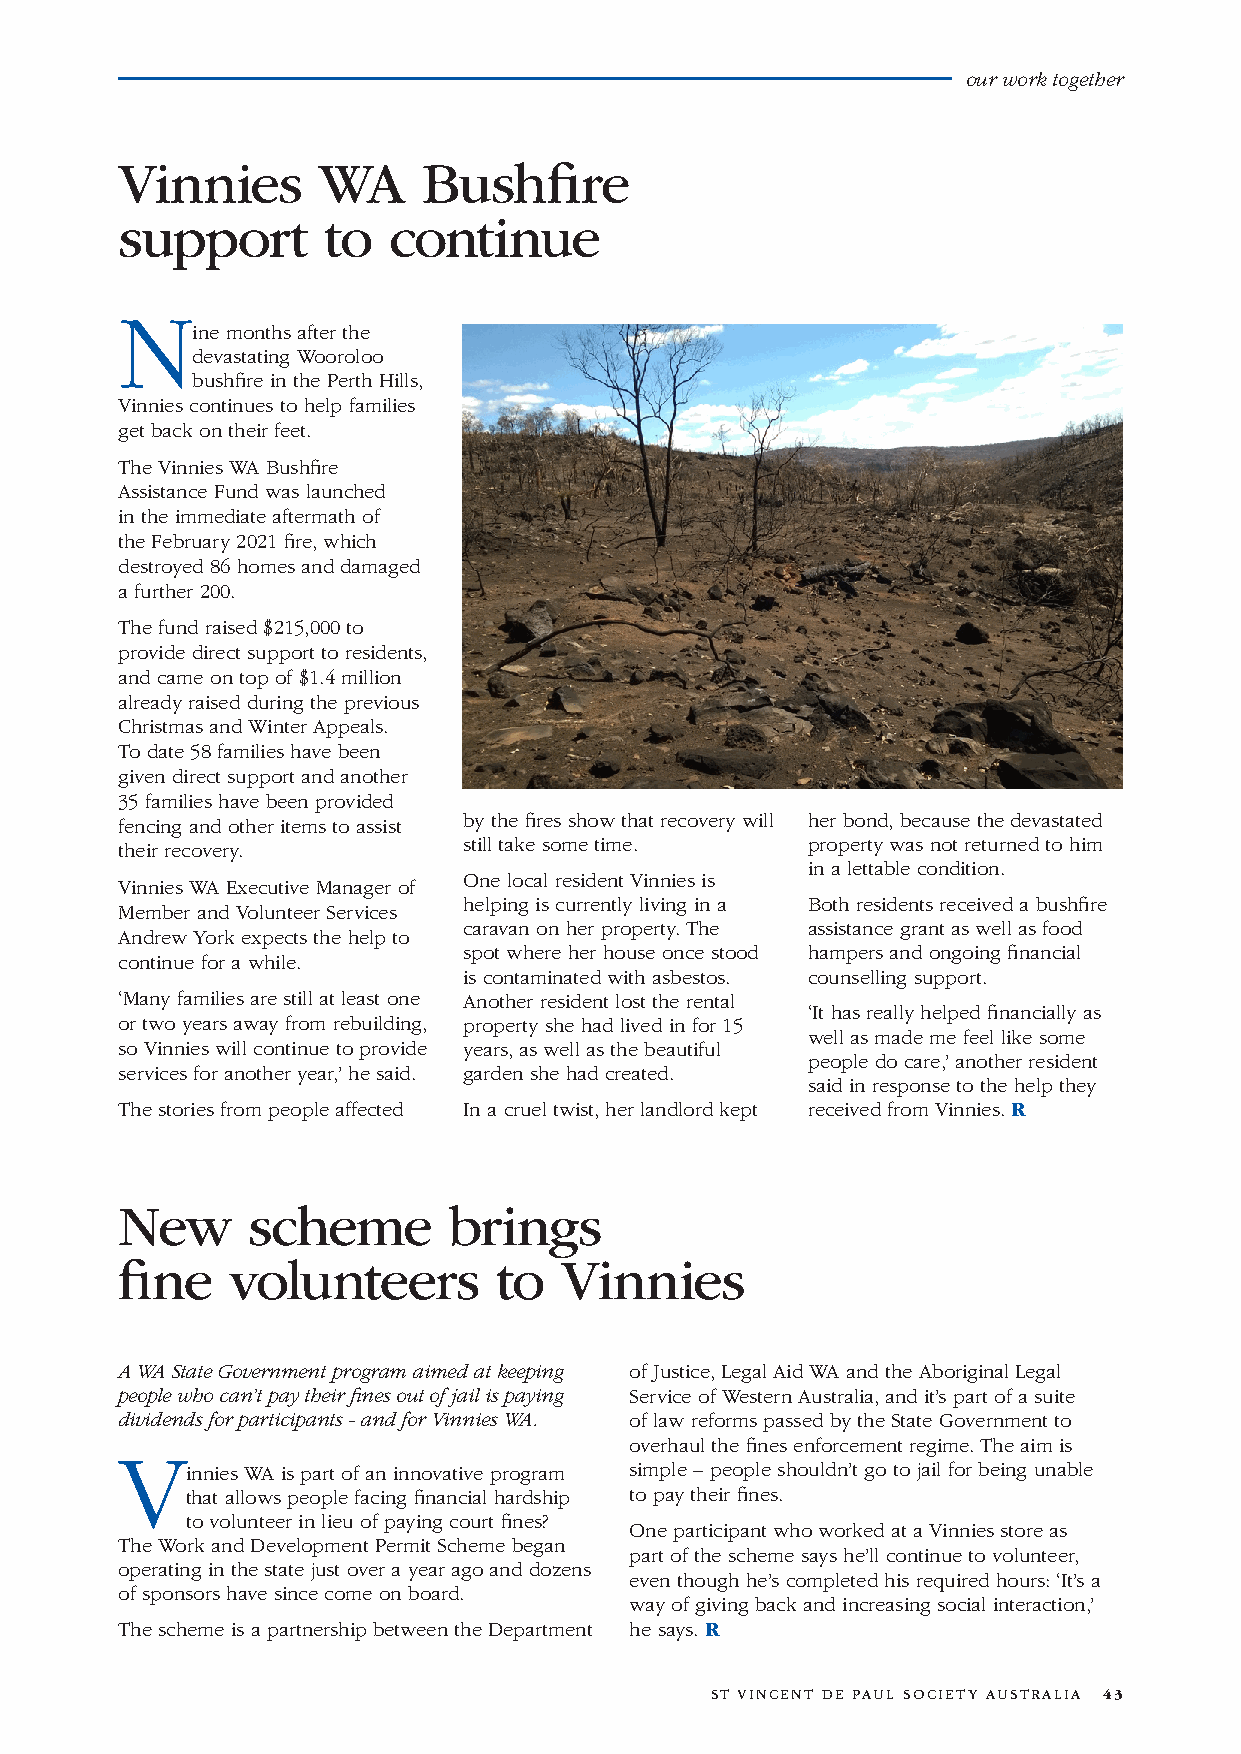
our work together
 Vinnies      WA     Bushfire
 support      to   continue
 N
 ine months after the
 devastating Wooroloo
 bushfire in the Perth Hills,
 Vinnies continues to help families
 get back on their feet.
 The Vinnies WA Bushfire
 Assistance Fund was launched
 in the immediate aftermath of
 the February 2021 fire, which
 destroyed 86 homes and damaged
 a further 200.
 The fund raised $215,000 to
 provide direct support to residents,
 and came on top of $1.4 million
 already raised during the previous
 Christmas and Winter Appeals.
 To date 58 families have been
 given direct support and another
 35 families have been provided
 fencing and other items to assist by the fires show that recovery will her bond, because the devastated
 still take some time. property was not returned to him
 their recovery.
 in a lettable condition.
 One local resident Vinnies is
 Vinnies WA Executive Manager of
 helping is currently living in a Both residents received a bushfire
 Member and Volunteer Services
 caravan on her property. The assistance grant as well as food
 Andrew York expects the help to
 spot where her house once stood hampers and ongoing financial
 continue for a while.
 is contaminated with asbestos. counselling support.
 ‘Many families are still at least one Another resident lost the rental
 ‘It has really helped financially as
 or two years away from rebuilding, property she had lived in for 15
 well as made me feel like some
 so Vinnies will continue to provide years, as well as the beautiful
 people do care,’ another resident
 services for another year,’ he said. garden she had created.
 said in response to the help they
 The stories from people affected In a cruel twist, her landlord kept received from Vinnies. R
 New     scheme        brings
 fine   volunteers        to  Vinnies
 A WA State Government program aimed at keeping of Justice, Legal Aid WA and the Aboriginal Legal
 people who can’t pay their fines out of jail is paying Service of Western Australia, and it’s part of a suite
 dividends for participants - and for Vinnies WA. of law reforms passed by the State Government to
 overhaul the fines enforcement regime. The aim is
 V
 innies WA is part of an innovative program simple – people shouldn’t go to jail for being unable
 that allows people facing financial hardship to pay their fines.
 to volunteer in lieu of paying court fines?
 One participant who worked at a Vinnies store as
 The Work and Development Permit Scheme began
 part of the scheme says he’ll continue to volunteer,
 operating in the state just over a year ago and dozens
 even though he’s completed his required hours: ‘It’s a
 of sponsors have since come on board.
 way of giving back and increasing social interaction,’
 The scheme is a partnership between the Department he says. R
 ST VINCENT DE PAUL SOCIETY AUSTRALIA 43